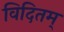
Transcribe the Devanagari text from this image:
विदितम्